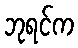
ဘုရင်က